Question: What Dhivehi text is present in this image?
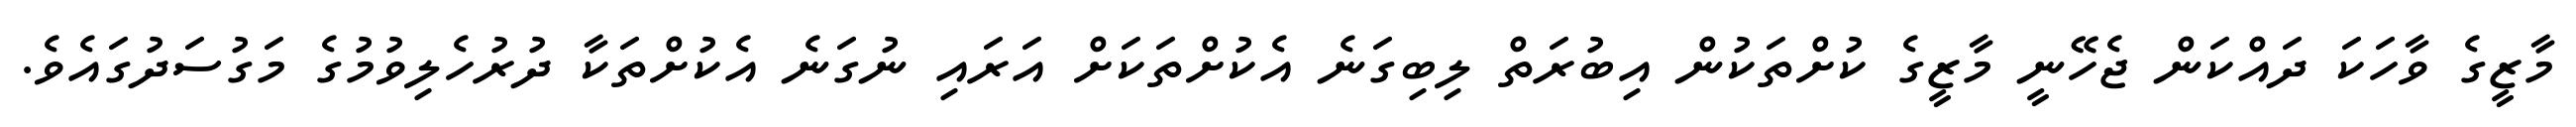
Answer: މާޒީގެ ވާހަކަ ދައްކަން ޖެހޭނީ މާޒީގެ ކުށްތަކުން އިބުރަތް ލިބިގަނެ އެކުށްތަކަށް އަރައި ނުގަނެ އެކުށްތަކާ ދުރުހެލިވުމުގެ މަގުސަދުގައެވެ.